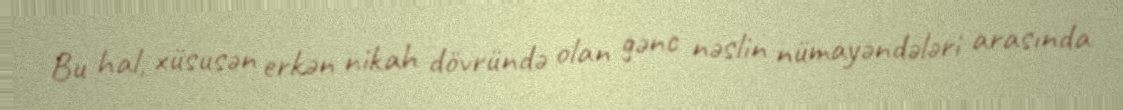
Bu hal, xüsusən erkən nikah dövründə olan gənc nəslin nümayəndələri arasında